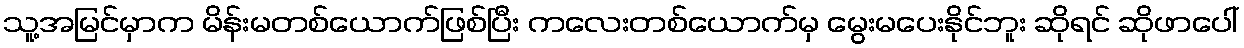
သူ့အမြင်မှာက မိန်းမတစ်ယောက်ဖြစ်ပြီး ကလေးတစ်ယောက်မှ မွေးမပေးနိုင်ဘူး ဆိုရင် ဆိုဖာပေါ်